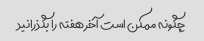
چگونه ممکن است آخر هفته را بگذرانید